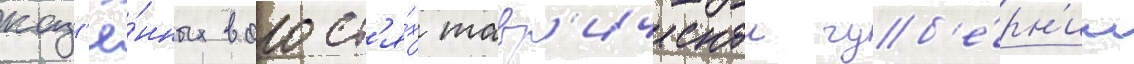
каз'ё́нных волост'я́х тавр'ическои губ'е́рн'ии